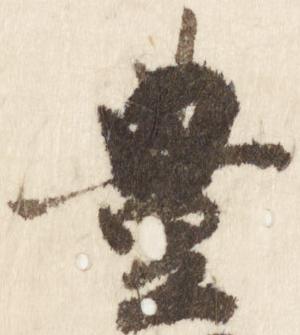
豊